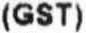
(GST)